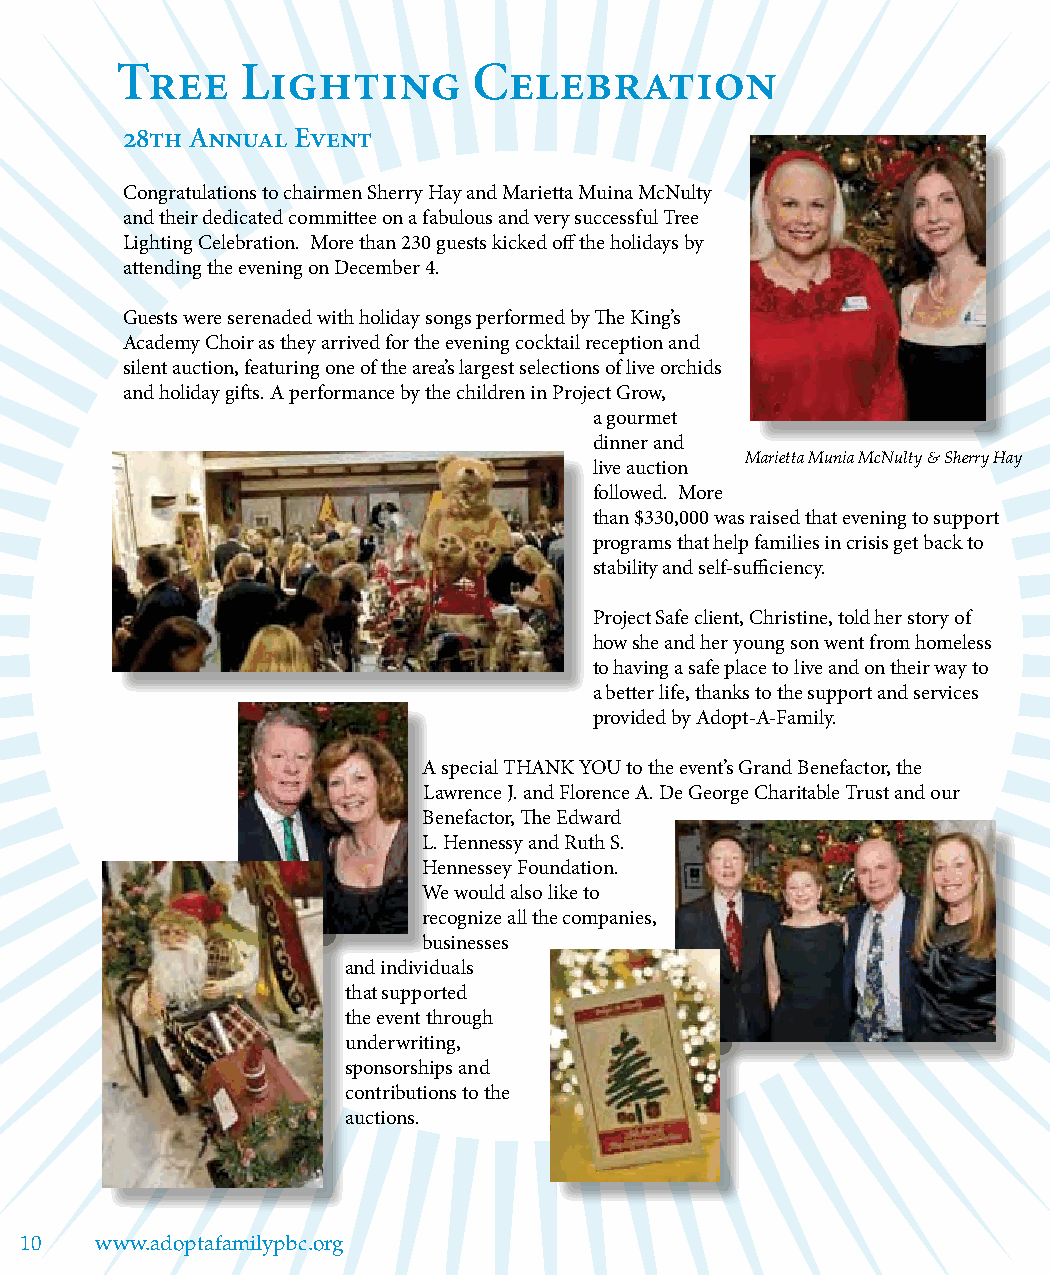
Tree    Lighting       Celebration
 28th Annual Event
 Congratulations to chairmen Sherry Hay and Marietta Muina McNulty
 and their dedicated committee on a fabulous and very successful Tree
 Lighting Celebration. More than 230 guests kicked off the holidays by
 attending the evening on December 4.
 Guests were serenaded with holiday songs performed by The King’s
 Academy Choir as they arrived for the evening cocktail reception and
 silent auction, featuring one of the area’s largest selections of live orchids
 and holiday gifts. A performance by the children in Project Grow,
 a gourmet
 dinner and
 Marietta Munia McNulty & Sherry Hay
 live auction
 followed. More
 than $330,000 was raised that evening to support
 programs that help families in crisis get back to
 stability and self-sufficiency.
 Project Safe client, Christine, told her story of
 how she and her young son went from homeless
 to having a safe place to live and on their way to
 a better life, thanks to the support and services
 provided by Adopt-A-Family.
 A special THANK YOU to the event’s Grand Benefactor, the
 Lawrence J. and Florence A. De George Charitable Trust and our
 Benefactor, The Edward
 L. Hennessy and Ruth S.
 Hennessey Foundation.
 We would also like to
 recognize all the companies,
 businesses
 and individuals
 that supported
 the event through
 underwriting,
 sponsorships and
 contributions to the
 auctions.
 10   www.adoptafamilypbc.org